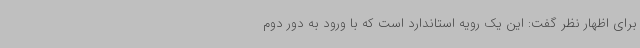
برای اظهار نظر گفت: این یک رویه استاندارد است که با ورود به دور دوم